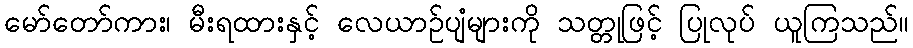
မော်တော်ကား၊ မီးရထားနှင့် လေယာဉ်ပျံများကို သတ္တုဖြင့် ပြုလုပ် ယူကြသည်။